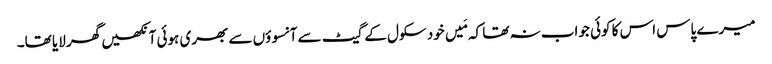
میرے پاس اس کا کوئی جواب نہ تھا کہ مَیں خود سکول کے گیٹ سے آنسوؤں سے بھری ہوئی آنکھیں گھر لایا تھا۔